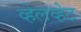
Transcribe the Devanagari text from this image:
व्हेलव्हेट